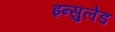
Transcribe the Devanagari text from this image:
इन्सुलेड